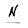
Character: N